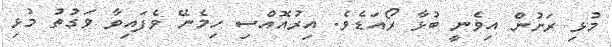
މުޅި ރަށުން އިވެނީ ބުޅާ ރޯއަޑެވެ. އިރުއޮއްސި ހިމެނޭ ވެފައިވާ ވަގުތު މުޅި